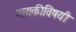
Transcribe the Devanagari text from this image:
गायकीविषयी